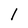
Character: 1